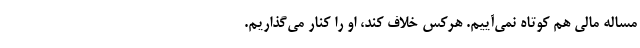
مساله مالی هم کوتاه نمی‌آییم. هرکس خلاف کند، او را کنار می‌گذاریم.